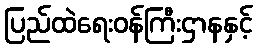
ပြည်ထဲရေးဝန်ကြီးဌာနနှင့်